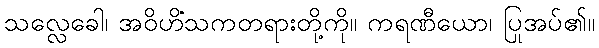
သလ္လေခေါ၊ အဝိဟိံသကတရားတို့ကို။ ကရဏီယော၊ ပြုအပ်၏။